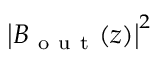
{ \left| B _ { \mathrm { ~ o ~ u ~ t ~ } } ( z ) \right| } ^ { 2 }